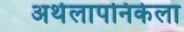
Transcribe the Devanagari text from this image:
अर्थलापनिकेला